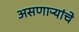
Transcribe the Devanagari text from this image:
असणाऱ्यांचे